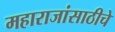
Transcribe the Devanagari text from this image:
महाराजांसाठीचे